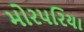
મોરપરિયા